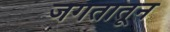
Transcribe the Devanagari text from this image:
जगतातून